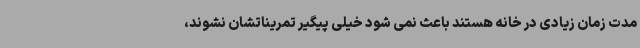
مدت زمان زیادی در خانه هستند باعث نمی شود خیلی پیگیر تمریناتشان نشوند،